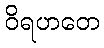
ဝိရဟတေ